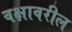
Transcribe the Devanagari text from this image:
वक्षावरील